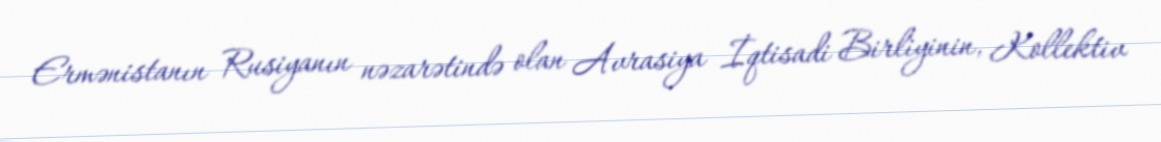
Ermənistanın Rusiyanın nəzarətində olan Avrasiya İqtisadi Birliyinin, Kollektiv